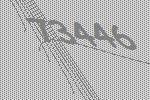
73446